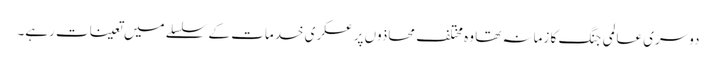
دوسری عالمی جنگ کا زمانہ تھا وہ مختلف محاذوں پر عسکری خدمات کے سلسلے میں تعینات رہے۔